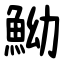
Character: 䱂